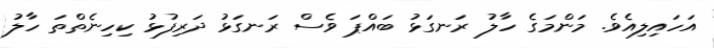
އަހައިލިއެވެ. މަންމަގެ ހާލު ރަނގަޅު ބައްޕަ ވެސް ރަނގަޅު ދަރިފުޅު ކިހިނެތްތަ ހާލު